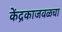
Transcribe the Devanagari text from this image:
केंद्रकाजवळचा